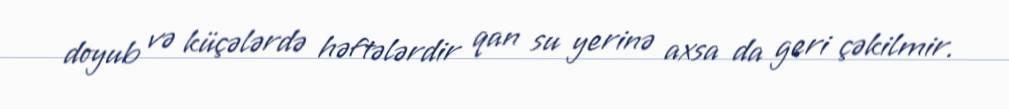
doyub və küçələrdə həftələrdir qan su yerinə axsa da geri çəkilmir.